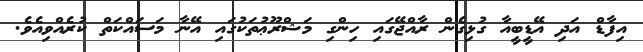
އިފާޑް އަދި އޭޑީބީއާ ގުޅިގެން ރާއްޖޭގައި ހިންގި މަޝްރޫޢުތަކުގައި އޭނާ މަސައްކަތް ކުރެއްވިއެވެ.